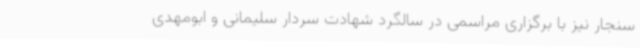
سنجار نیز با برگزاری مراسمی در سالگرد شهادت سردار سلیمانی و ابومهدی